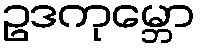
ဥဒကုမ္ဘော